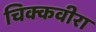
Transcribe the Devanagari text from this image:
चिक्कवीरा